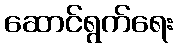
ဆောင်ရွက်ရေး